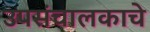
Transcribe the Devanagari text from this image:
उपसंचालकाचे